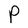
Character: P